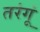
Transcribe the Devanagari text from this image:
तरंगूं